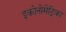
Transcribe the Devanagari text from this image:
इकोनोमेट्रिका